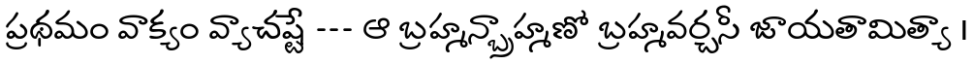
ప్రథమం వాక్యం వ్యాచష్టే --- ఆ బ్రహ్మన్బ్రాహ్మణో బ్రహ్మవర్చసీ జాయతామిత్యా ।